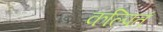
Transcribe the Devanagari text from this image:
कल्पितं